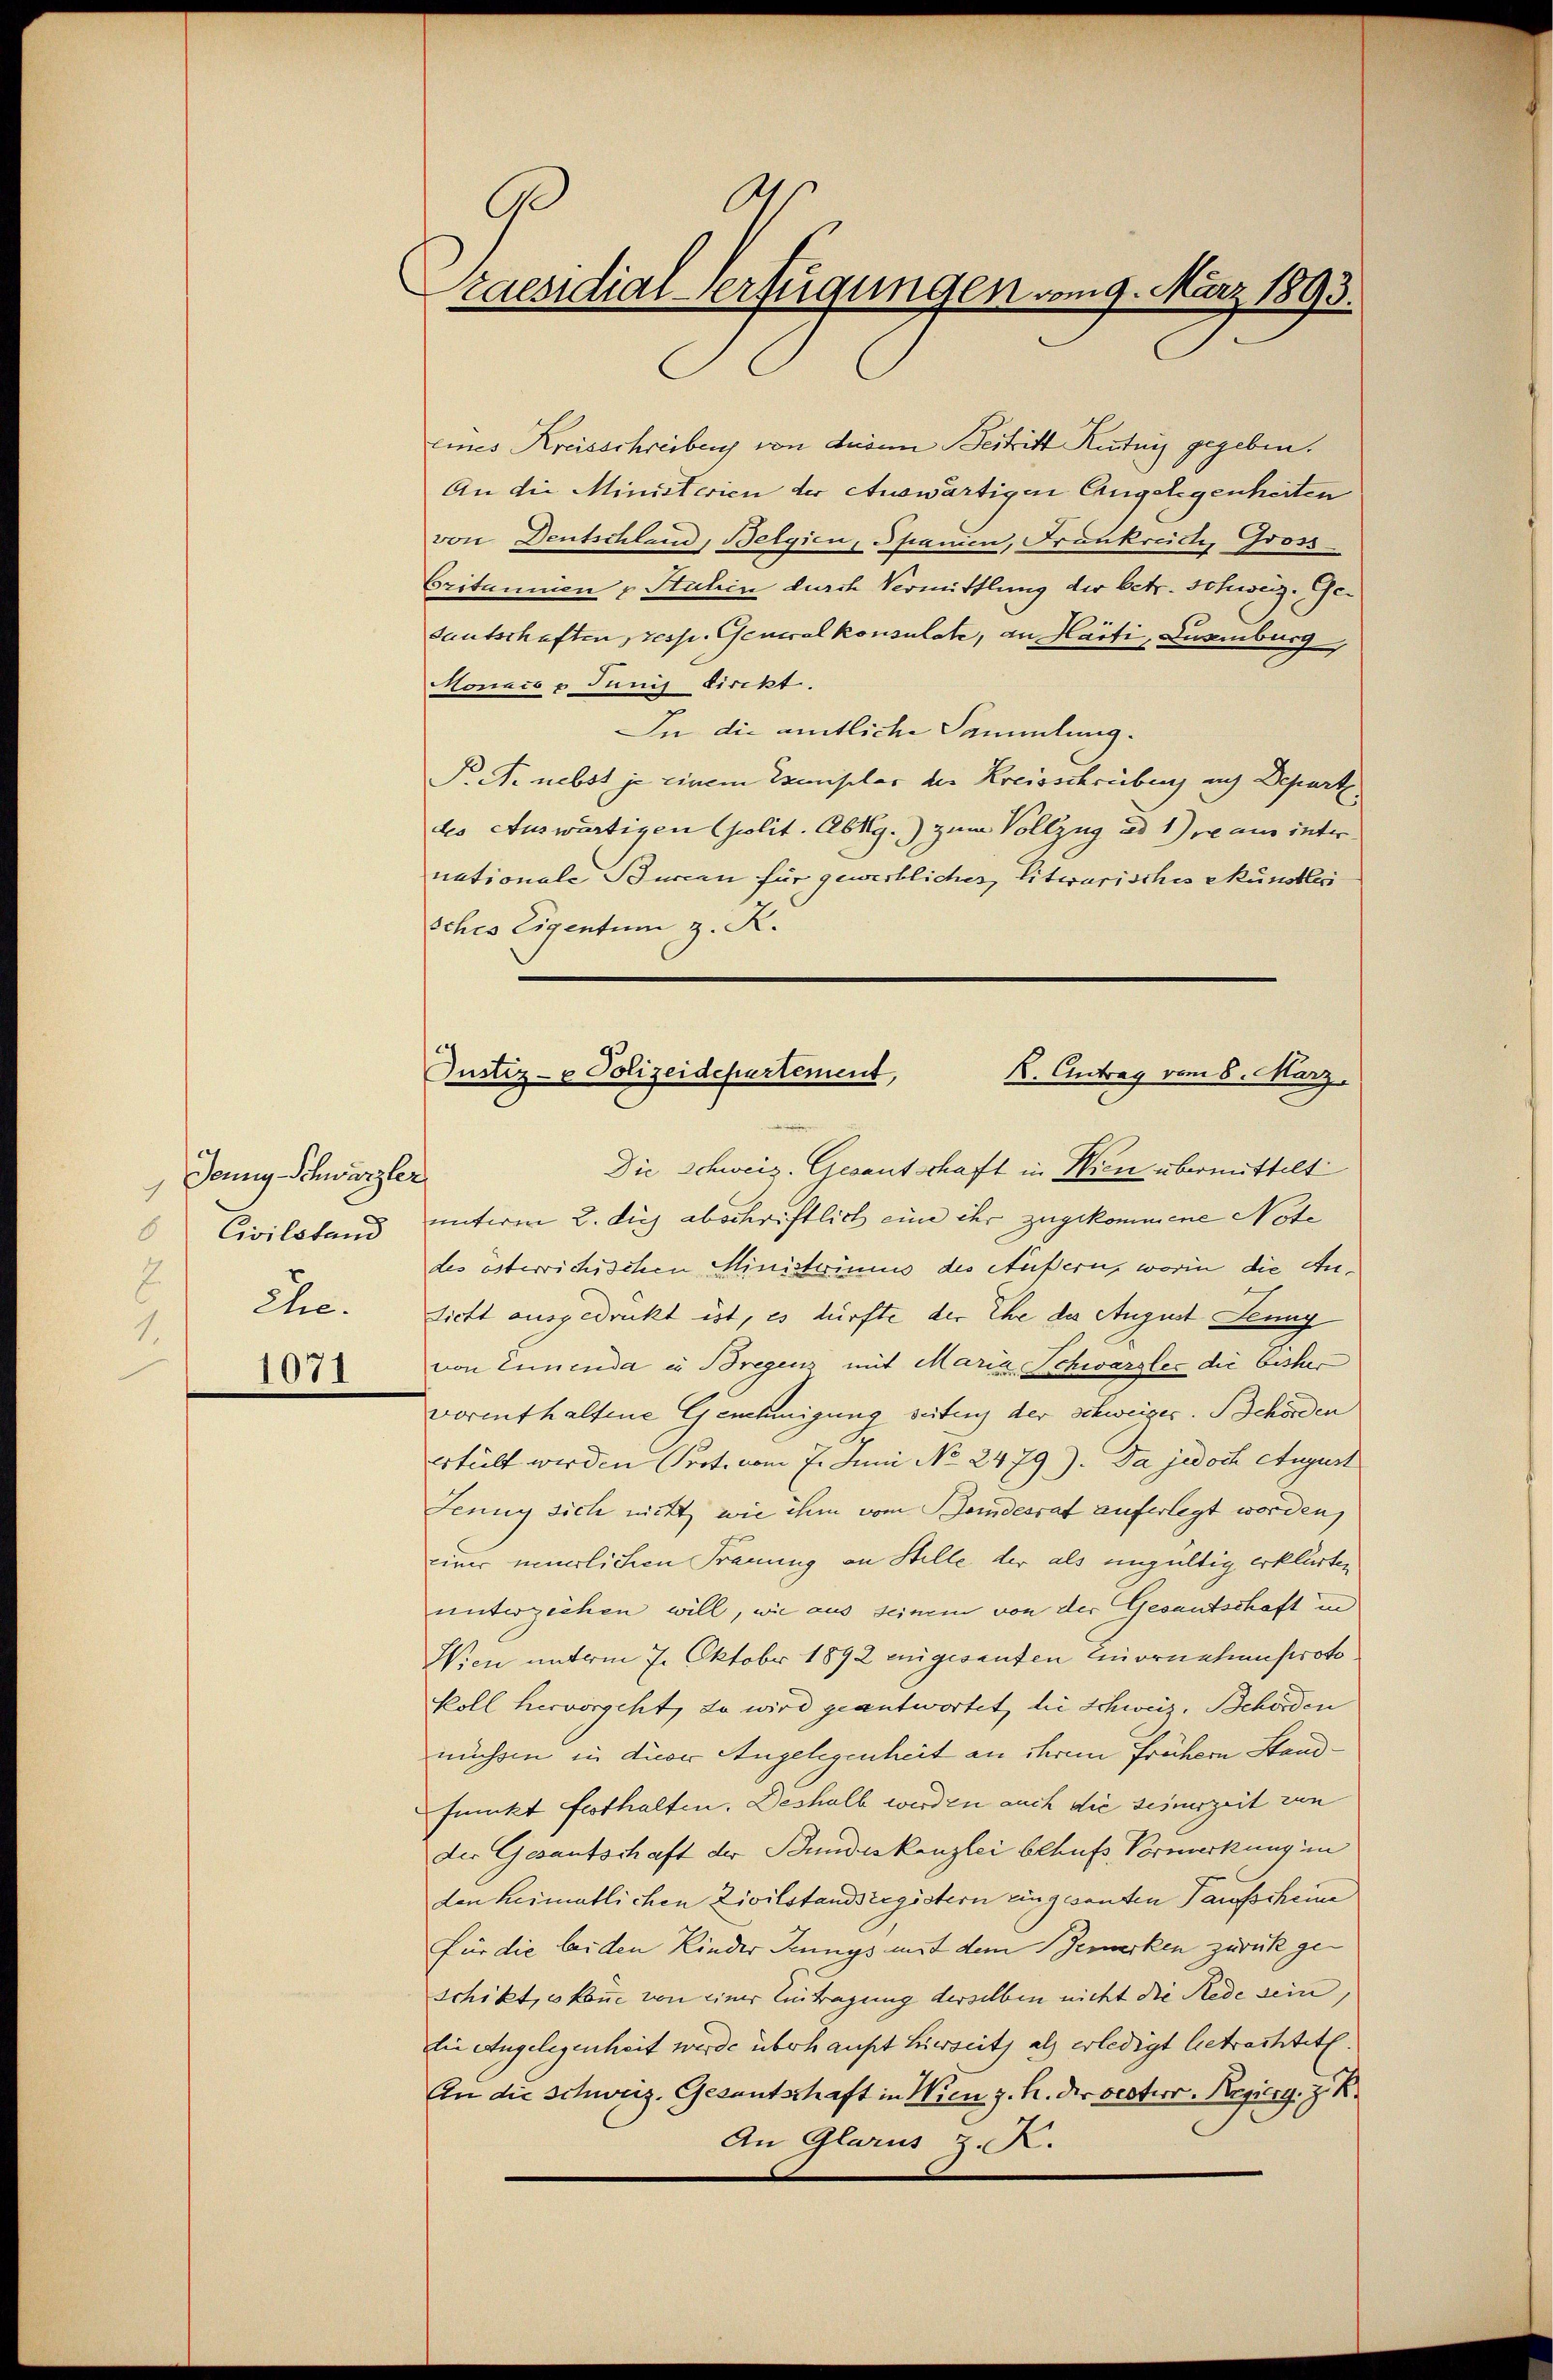
Jenny Schwärzler,
s
 Civilstand
2
Ehe.
1071

s
Ge
raesidial-Verfügungen vom 9. März 1893.

eines Kreisschreiben von dann Bestritt Kentnis gegeben.
An die Ministerien der Auswärtigen Angelegenheiten
von Deutschland, Belgien, Spanien, Frankreichte Gross
Critannien u Stuhin durch Vermittlung der betr. Schweiz. Gesautschaften presse. Generalkonsulate, an Harti, Lusmburg,
Monach u. Junis direkt.
In die amtliche Sammlung.
P. M. nebst je einem Exemplar der Kreisschreibung auf Depart
des Auswärtigen Geolit. Abkg.) zum Vollzug ad 1) re aus inter
nationale Burcan für gewerblicher Litwarisches Münstleri
sches Eigentum z. R.
Die Schweiz. Gesantschaft in Wien übermittelt
unterm 2. Sich abschriftlich eine ihr zugekommene Note
des österrichischen Ministeriums des Äußern, worin die An¬
Licht ausgedruckt ist, es dürfte der Ehe des August Jenny
von Ennenda in Bregens mit Maria Schwarzles die bisher
vorenthaltene Genehmigung seiten der schweiger. Schörden
erteilt werden Prot. vom 7. Juni No 2479). Da jedoch August
Jenny sich nicht wie ihm vom Handesrat auferlegt worden,
einer neuerlichen Trauung an Stelle der als ungültig erklärten
unterzeihen will, wie aus seinem von der Gesantschaft in
Wien unterm 7. Oktober 1892 einigesanten Einornehensproto
koll hervorgeht, da wird geantwortet, die Schweiz. Behörden
müssen in dieser Angelegenheit an ihrem frühern Standfunkt festhalten. Deshalb werden auch die seinerzeit zun
der Gesandtschaft der Bundeskanzlei behufs Vormerkung in
den heimatlichen Zivilstandsregistern eingesanten Taufscheine
für die beiden Kinder Jennys mit dem Bemerken zurück geschikt, es könne von einer Eintragung derselben nicht die Rede sein
Die Angelegenheit werde überhaupt hierseits als erledigt betrachtet.
An die Schweiz. Gesantschaft in Wien z. h. der oesterr. Regierg. z. K.
An Glarus z. K.

Justiz- & Polizeidepartement,
K. Antrag vom 8. März.